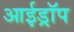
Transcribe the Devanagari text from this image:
आईड्रॉप